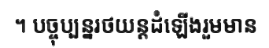
។ បច្ចុប្បន្នរថយន្តដំឡើងរួមមាន